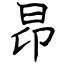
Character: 昂